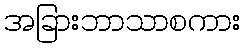
အခြားဘာသာစကား